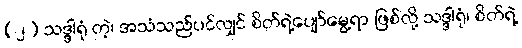
(၂) သဒ္ဒါရုံ တဲ့၊ အသံသည်ပင်လျှင် စိတ်ရဲ့ပျော်မွေ့ရာ ဖြစ်လို့ သဒ္ဒါရုံ၊ စိတ်ရဲ့